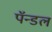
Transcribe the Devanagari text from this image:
पॅन्डल